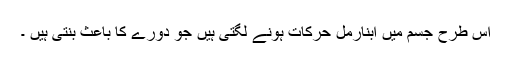
اس طرح جسم میں ابنارمل حرکات ہونے لگتی ہیں جو دورے کا باعث بنتی ہیں ۔